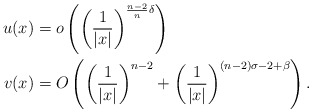
\begin{align*} u(x)&=o\left( \left(\frac{1}{|x|}\right)^{\frac{n-2}{n}\delta} \right)\\ v(x)&=O\left( \left(\frac{1}{|x|}\right)^{n-2} +\left(\frac{1}{|x|}\right)^{(n-2)\sigma-2+\beta} \right). \end{align*}